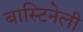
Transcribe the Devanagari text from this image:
बास्टिनेली